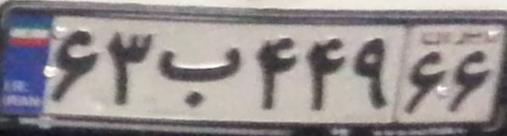
۶۳ب۴۴۹۶۶